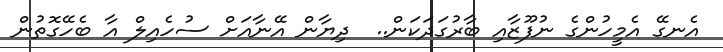
އެނގޭ އެމީހުންގެ ނުފޫޒާއި ބާރުގަދަކަން..  ދިޔާން އޭނާއަށް ސުހެއިލް އާ ބެހޭގޮތުން